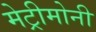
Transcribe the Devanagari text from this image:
मेट्रीमोनी